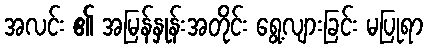
အလင်း ၏ အမြန်နှုန်းအတိုင်း ရွေ့လျားခြင်း မပြုရာ